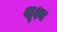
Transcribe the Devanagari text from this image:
शूक्ष्म